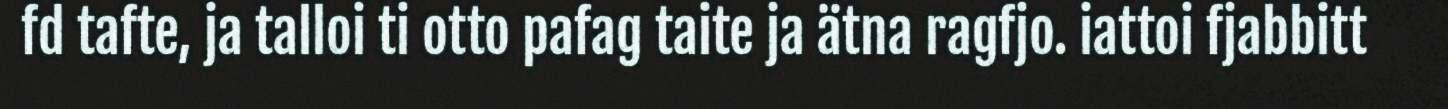
fd tafte, ja talloi ti otto pafag taite ja ätna ragfjo. iattoi fjabbitt